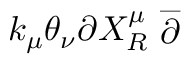
k _ { \mu } \theta _ { \nu } \partial X _ { R } ^ { \mu } \stackrel { \_ } { \partial }